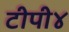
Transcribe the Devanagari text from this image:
टीपी४